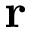
\mathbf { r }